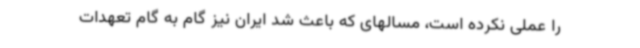
را عملی نکرده است، مسالهای که باعث شد ایران نیز گام به گام تعهدات